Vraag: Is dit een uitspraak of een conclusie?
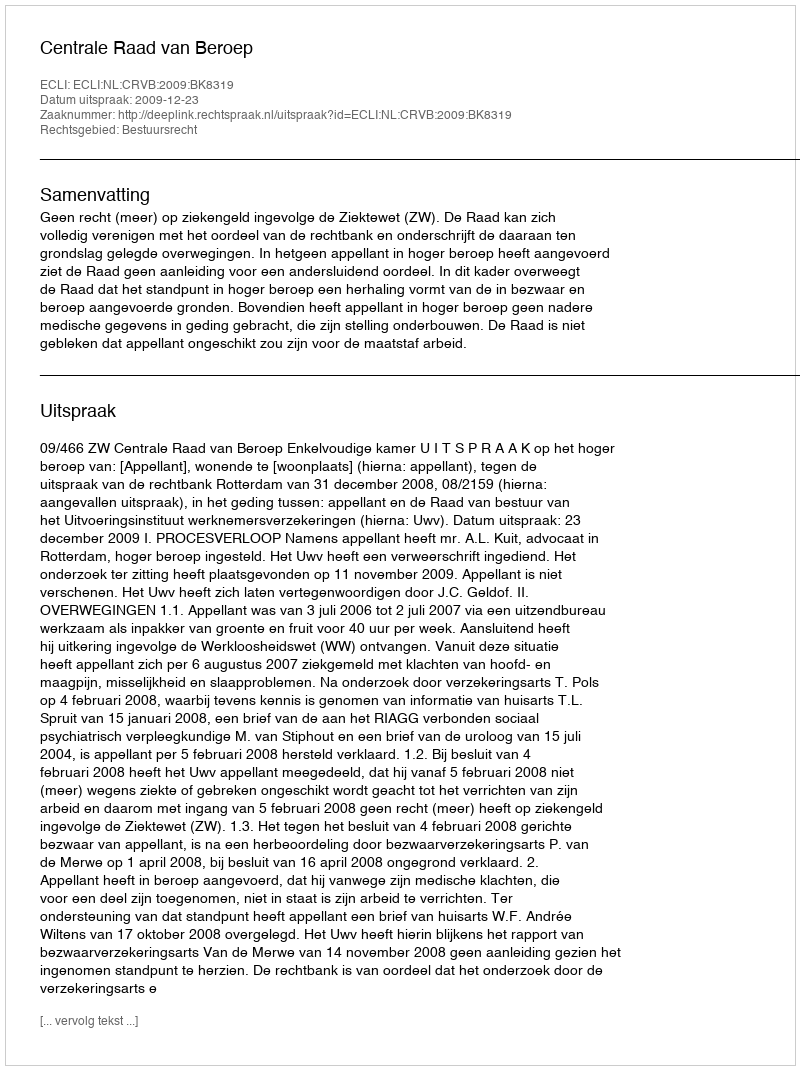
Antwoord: Uitspraak